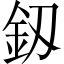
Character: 釼